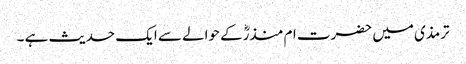
ترمذی میں حضرت ام منذرؓکے حوالے سے ایک حدیث ہے ۔